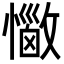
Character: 𢣈